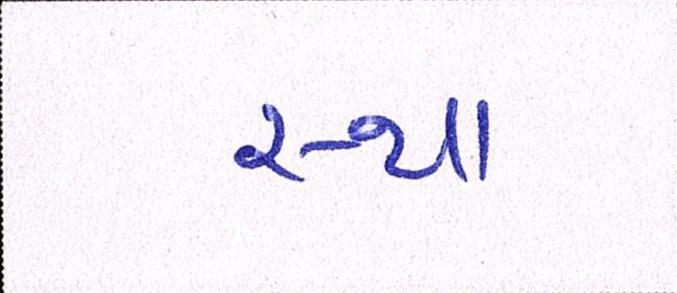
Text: સ્થા